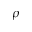
\rho